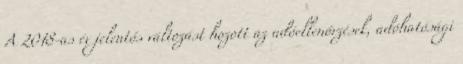
A 2018-as év jelentős változást hozott az adóellenőrzések, adóhatósági